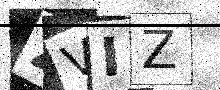
Text: ZVIZ